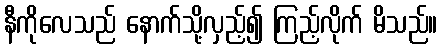
နီကိုလေသည် နောက်သို့လှည့်၍ ကြည့်လိုက် မိသည်။